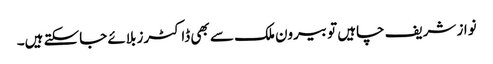
نواز شریف چاہیں تو بیرون ملک سے بھی ڈاکٹرز بلائے جاسکتے ہیں۔